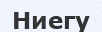
Ниегу